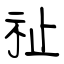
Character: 祉